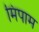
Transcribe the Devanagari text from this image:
मिपाम